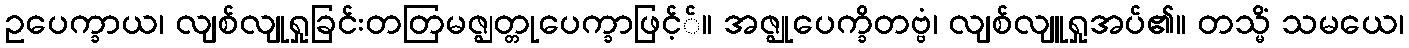
ဥပေက္ခာယ၊ လျစ်လျုရှုခြင်းတတြမဇ္ဈတ္တုပေက္ခာဖြင့််။ အဇ္ဈုပေက္ခိတဗ္ဗံ၊ လျစ်လျူရှုအပ်၏။ တသ္မိံ သမယေ၊